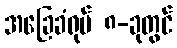
အခြေခံရုပ် ၈-ခုတွင်